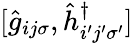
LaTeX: [\hat{g}_{ij\sigma},\hat{h}_{i^{\prime}j^{\prime}\sigma^{\prime}}^{\dagger}]